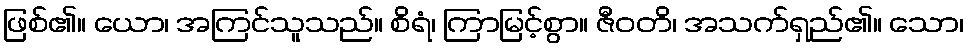
ဖြစ်၏။ ယော၊ အကြင်သူသည်။ စိရံ၊ ကြာမြင့်စွာ။ ဇီဝတိ၊ အသက်ရှည်၏။ သော၊